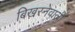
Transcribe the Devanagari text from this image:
बिखरनेवाली